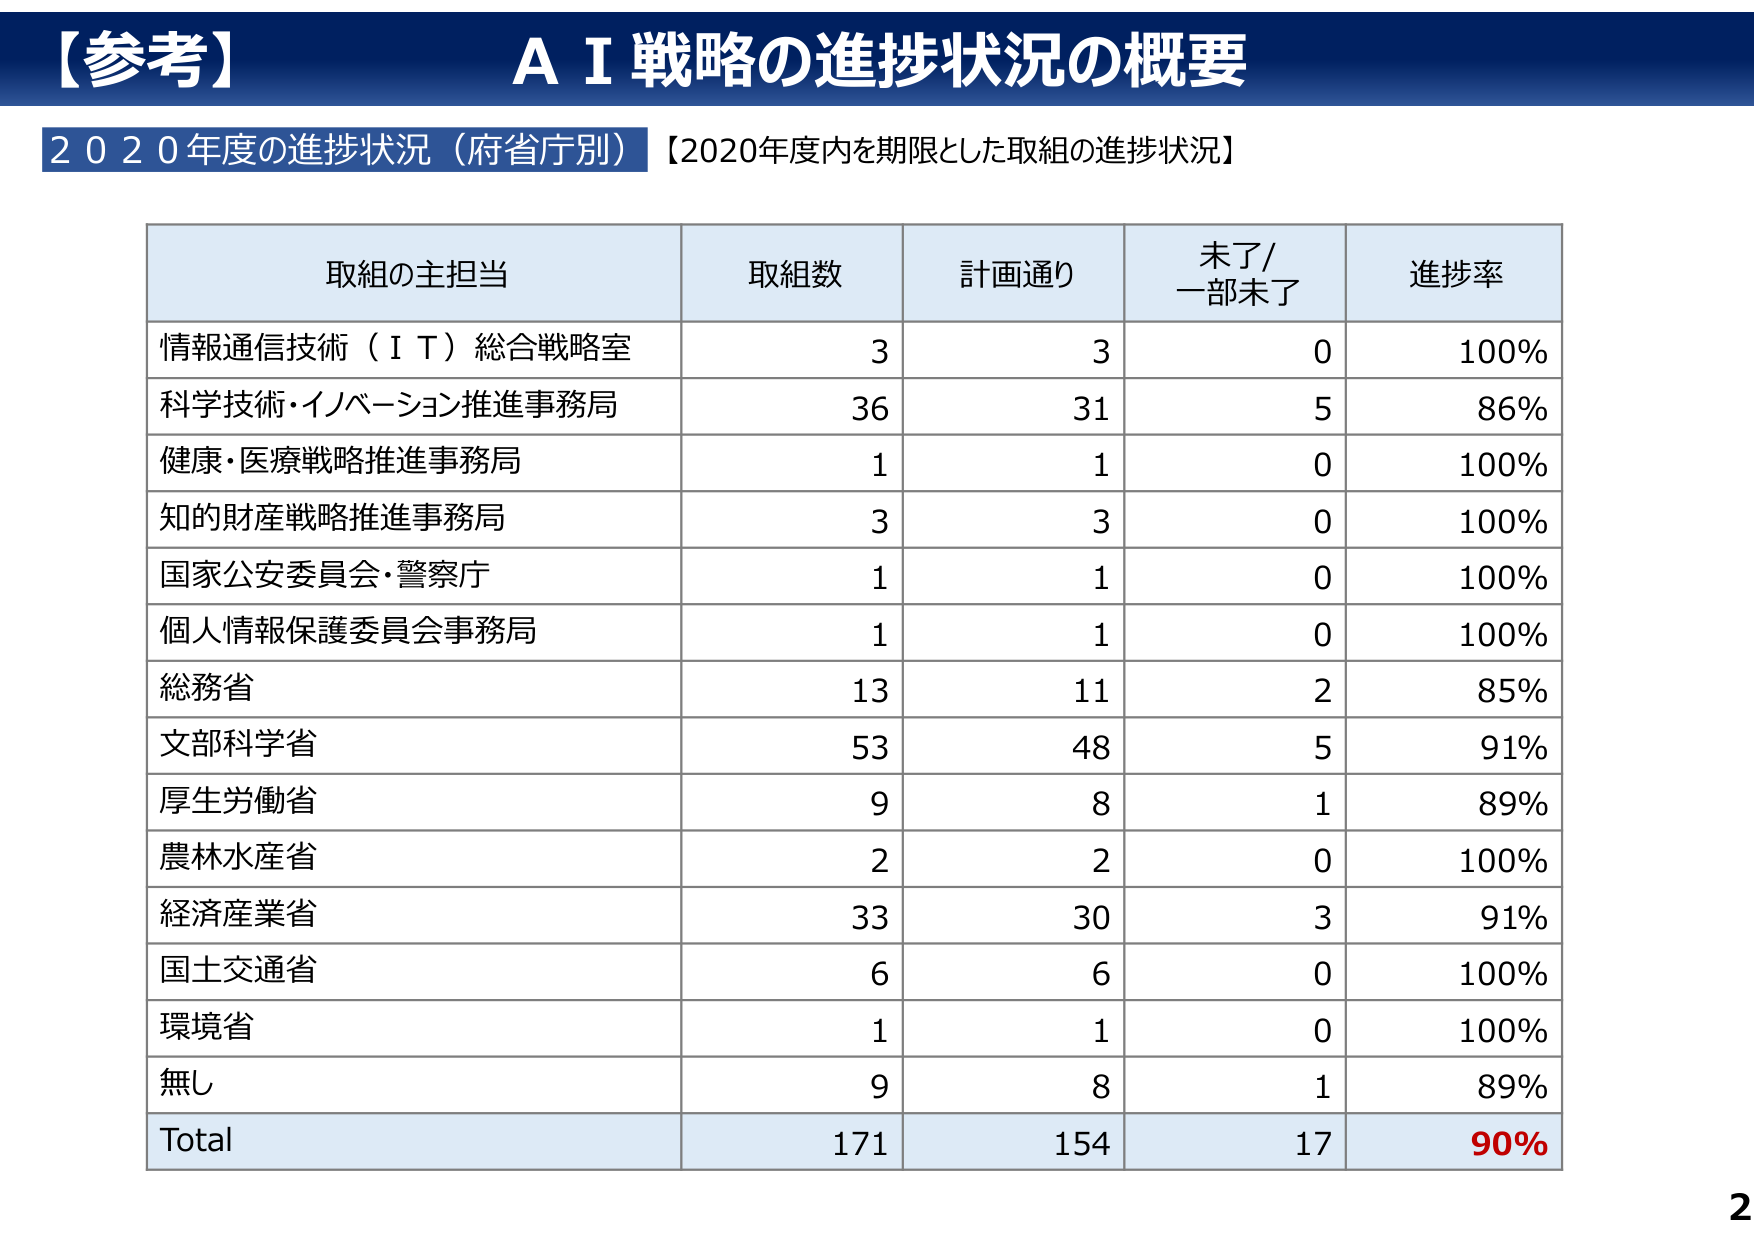
【参考】ＡＩ戦略の進捗状況の概要
２０２０年度の進捗状況（府省庁別）【2020年度内を期限とした取組の進捗状況】

取組の主担当　　取組数　　計画通り　　未了/一部未了　　進捗率
情報通信技術（ＩＴ）総合戦略室　　　　3　　　　3　　　　0　　　　100%
科学技術・イノベーション推進事務局　　36　　　31　　　　5　　　　86%
健康・医療戦略推進事務局　　　　　　1　　　　1　　　　0　　　　100%
知的財産戦略推進事務局　　　　　　　3　　　　3　　　　0　　　　100%
国家公安委員会・警察庁　　　　　　　　1　　　　1　　　　0　　　　100%
個人情報保護委員会事務局　　　　　　1　　　　1　　　　0　　　　100%
総務省　　　　　　　　　　　　　　　13　　　11　　　　2　　　　85%
文部科学省　　　　　　　　　　　　　53　　　48　　　　5　　　　91%
厚生労働省　　　　　　　　　　　　　9　　　　8　　　　1　　　　89%
農林水産省　　　　　　　　　　　　　2　　　　2　　　　0　　　　100%
経済産業省　　　　　　　　　　　　　33　　　30　　　　3　　　　91%
国土交通省　　　　　　　　　　　　　6　　　　6　　　　0　　　　100%
環境省　　　　　　　　　　　　　　　1　　　　1　　　　0　　　　100%
無し　　　　　　　　　　　　　　　　9　　　　8　　　　1　　　　89%
Total　　　　　　　　　　　　　　　171　　　154　　　17　　　90%

2